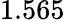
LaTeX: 1.565